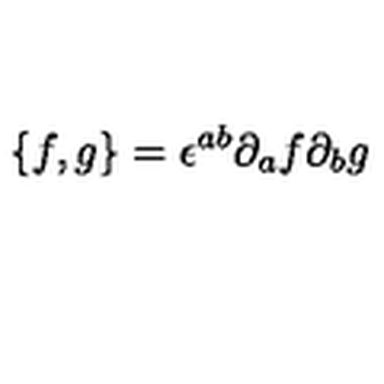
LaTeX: \{ f , g \} = \epsilon ^ { a b } \partial _ { a } f \partial _ { b } g